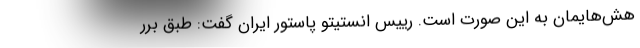
هش‌هایمان به این صورت است. رییس انستیتو پاستور ایران گفت: طبق برر